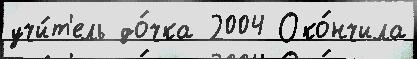
учи́т'ель до́чка 2004 Око́нчила